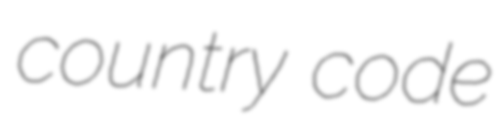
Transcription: country code